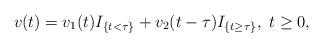
LaTeX: \begin{align*} v(t) = v_1(t) I_{\{ t < \tau \} } + v_2(t-\tau) I_{\{ t \geq \tau \} }, \ t\geq 0,\end{align*}